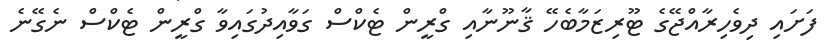
ފަށައި ދިވެހިރާއްޖޭގެ ޓޫރިޒަމާބެހޭ ޤާނޫނާއި ގްރީން ޓެކްސް ގަވާއިދުގައިވާ ގްރީން ޓެކްސް ނެގޭނެ